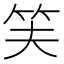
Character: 𬔮